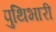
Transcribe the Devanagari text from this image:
पुथिभारी